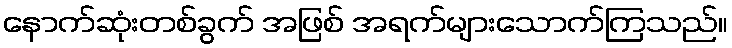
နောက်ဆုံးတစ်ခွက် အဖြစ် အရက်များသောက်ကြသည်။